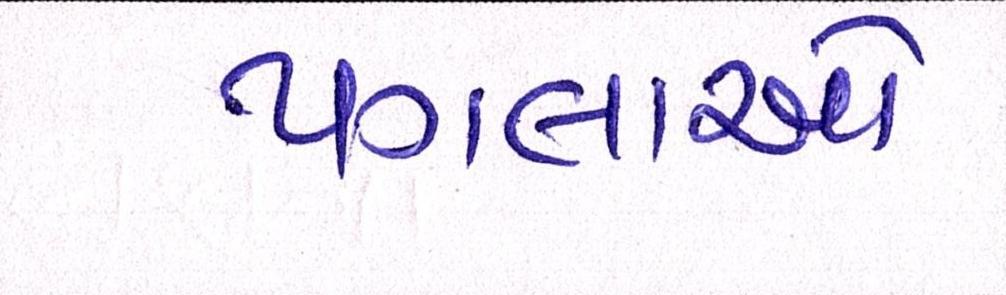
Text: પગલાઓ